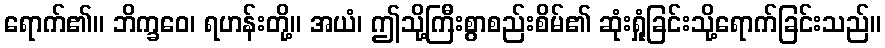
ရောက်၏။ ဘိက္ခဝေ၊ ရဟန်းတို့။ အယံ၊ ဤသို့ကြီးစွာစည်းစိမ်၏ ဆုံးရှုံခြင်းသို့ရောက်ခြင်းသည်။